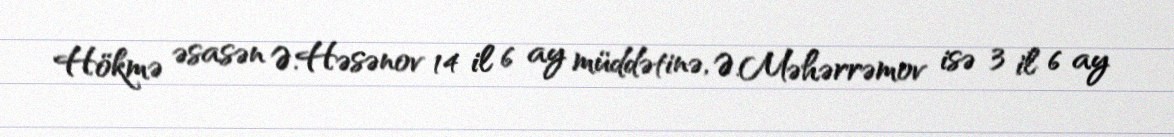
Hökmə əsasən Ə.Həsənov 14 il 6 ay müddətinə, Ə.Məhərrəmov isə 3 il 6 ay